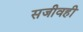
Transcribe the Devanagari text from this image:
सजीवही